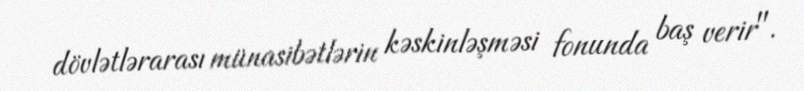
dövlətlərarası münasibətlərin kəskinləşməsi fonunda baş verir".